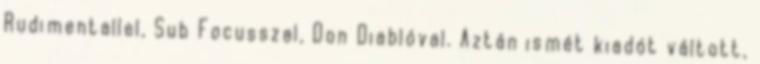
Rudimentallel, Sub Focusszal, Don Diablóval. Aztán ismét kiadót váltott,